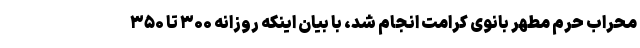
محراب حرم مطهر بانوی کرامت انجام شد، با بیان اینکه روزانه ۳۰۰ تا ۳۵۰